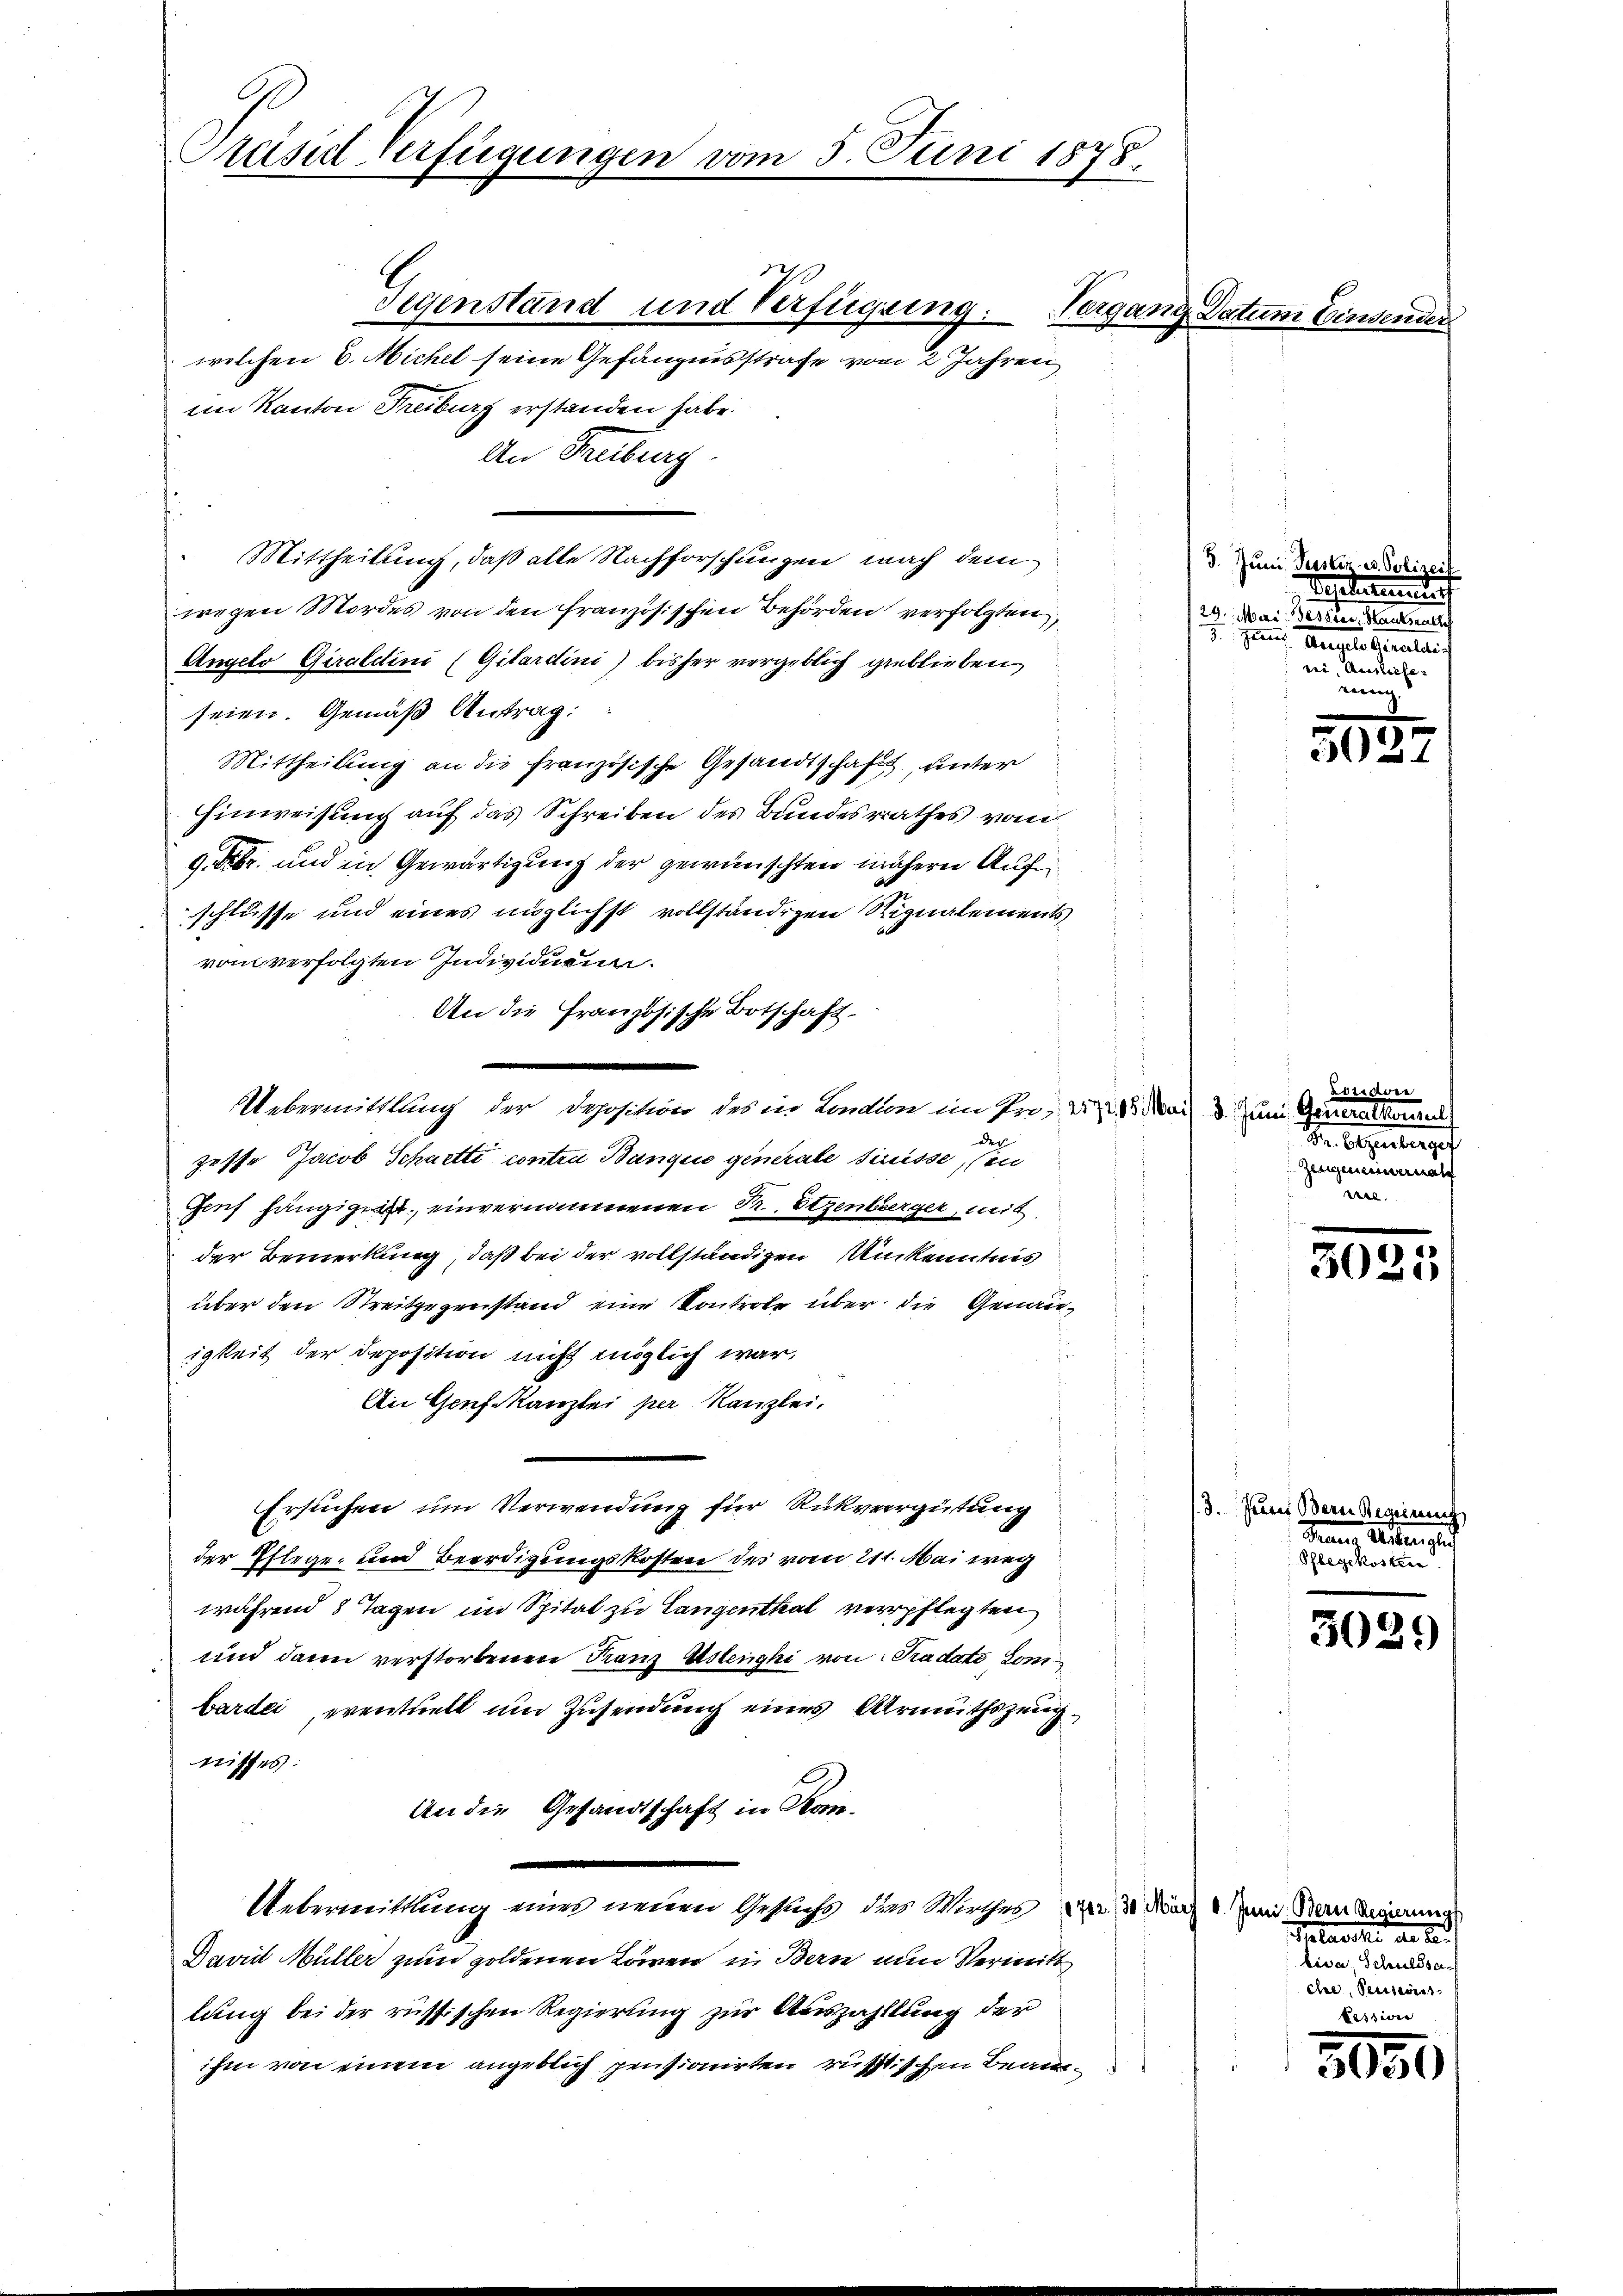
Präsid Verfügungen vom 5. Juni 1875.

welchen 6. Michel seine Gefängnisstrafe vom 2 Jahren
im Kanton Freiburg erstanden habe.
An Freiburg.
Mittheilung, daß alle Nachforschungen nach dem
wegen Mordes von den französischen Behörden verfolgten,
Angelo Giraldini (Gitardini) bisher vergeblich geblieben
seien. Gemäß Antrag:
Mittheilung an die französische Gesandtschafts, unter
Hinweisung auf das Schreiben des Bundesrathes von
9. Febr. und in Gewärtigung der gewünschten nähern Auf
schlüsse und eines möglichst vollständigen Signalements
vom verfolgten Individuen.
An die Französische Botschaft.
Uebermittlung der Deposition des in Condion im Pro- 2. 213. Mai d. Juni Generalkane
des
zeste Jacob Schnetti contra Bangie generale süsse, (in
Genf hängig ist, einvernommenen Pr. Stzenberger, mit
der Bemerkung, daß bei der vollständigen Ankenntnis
über den Streitgegenstand eine Kontrole über die Genauigkeit der Deposition nicht möglich war,
An Genf kanzlei per Kanzlei,
Ersuchen um Verwendung für Rückvergütung
der Pflege, und Beerdigungskosten des vom 211. Mai weg
während 8 Tagen im Spital zu Langenthal verpflegten
und dann verstorbenen Franz Aslengki von Tradato Lombarde, eventuell und Zusendung eines Armuthszeug
risses.
An die Gesandtschaft in Kon-
Uebermittlung eines neuen Gesuchs dies Wirthes
Davidl Müller zum goldenen Löwen in Bern nun Vermitt
lung bei der russischen Regierung zur Auszahllung der
ihm von einem angeblich pensionirten rüstischen Beam¬

Gegenstand und Verfügung: Vergang Datum Einsender

.

2

3. Juni Geister u. Poliz
Bestirun
29. Mai Bessers, Hause
J. gerner Angeln Girels
ni Ausliefe

adriarver
Dr. Arzenberget
Zeugen eineral
ere

3. Jurer Berne Regenen
Piano Arten
 eine an den

Juni B

302:

3021

e

clae, Beisteress

3